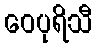
ဝေပုရိသီ